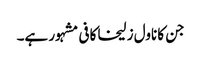
جن کا ناول زلیخا کافی مشہور ہے۔